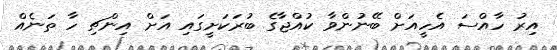
އިރު ހާއްސަ އެހީއަށް ބޭނުންވާ ކުއްޖާގެ ބުރަކަށީގައި އަށް އިންޗި ހާ ތަނެއް